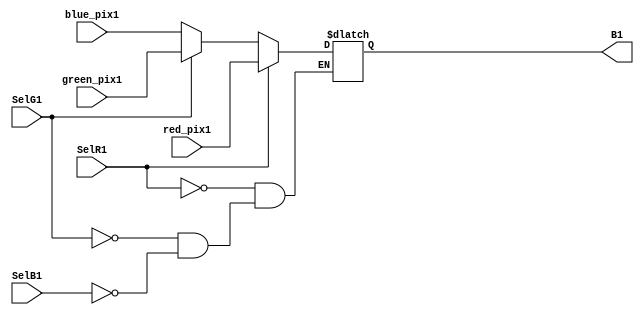
module mux_buf1(B1,SelR1, SelG1, SelB1, red_pix1, green_pix1, blue_pix1);
output reg[7:0] B1;
input SelR1, SelB1, SelG1;
input [7:0] red_pix1, green_pix1, blue_pix1;


always@(SelR1 or SelG1 or SelB1)
begin
	if(SelR1) B1 <= red_pix1;
	else if(SelG1) B1 <= green_pix1;
	else if(SelB1) B1 <= blue_pix1;
end 
endmodule